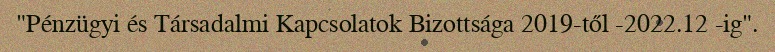
"Pénzügyi és Társadalmi Kapcsolatok Bizottsága 2019-től -2022.12 -ig".